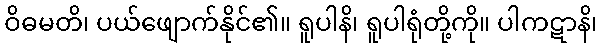
ဝိဓမတိ၊ ပယ်ဖျောက်နိုင်၏။ ရူပါနိ၊ ရူပါရုံတို့ကို။ ပါကဋာနိ၊